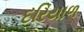
દરિયાળ